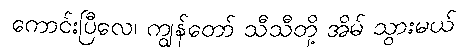
ကောင်းပြီလေ၊ ကျွန်တော် သီသီတို့ အိမ် သွားမယ်